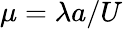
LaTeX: \mu=\lambda a/U